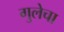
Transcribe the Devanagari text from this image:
गुलेचा